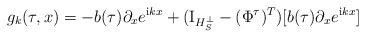
LaTeX: \begin{align*}g_k(\tau, x)=-b(\tau)\partial_x e^{\mathrm{i} k x}+(\mathrm{I}_{H_S^{\perp}}-(\Phi^{\tau})^T)[b(\tau)\partial_x e^{\mathrm{i} k x}]\end{align*}